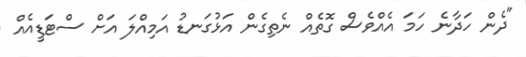
"ދެން ހަދާނެ ހަމަ އެއްވެސް ގޮތެއް ނެތިގެން އަޅުގަނޑު އަމިއްލަ އަށް ސްޓަޑީއެއް